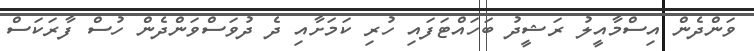
ވަންދެން އިސްމާއީލު ރަޝީދު ބަހައްޓަފައި ހުރި ކަމަށާއި ދެ ދުވަސްވަންދެން ހުސް ފާރަކަސް